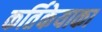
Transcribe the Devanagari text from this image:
कर्तिकेयाका